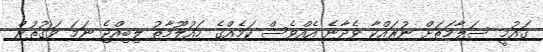
ގައުމީ ސަލާމަތަށް ނުރައްކާ ވެދާނެ އެއްވެސް ކަމެއްގެ މައުލޫމާތު ލިބިއްޖެ ނަމަ ވަގުތުން